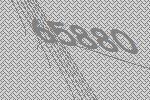
65880